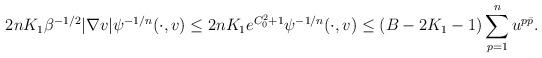
LaTeX: \begin{align*} 2n K_1 \beta^{-1/2} |\nabla v| \psi^{-1\slash n}(\cdot,v) \leq 2 n K_1 e^{C_0^2 + 1} \psi^{-1\slash n}(\cdot,v) \leq (B - 2 K_1 -1) \sum_{p=1}^n u^{p\bar p}. \end{align*}